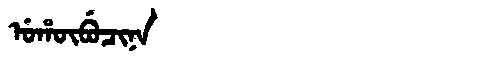
Manchu: ᡠᡥᡡᠪᡠᠴᡳᠨᠠ
Romanization: UHŪBUCINA